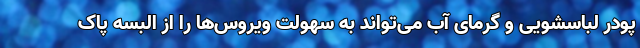
پودر لباسشویی و گرمای آب می‌تواند به سهولت ویروس‌ها را از البسه پاک